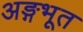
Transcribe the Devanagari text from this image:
अङ्गभूत